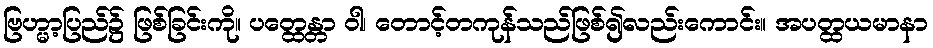
ဗြဟ္မာ့ပြည်၌ ဖြစ်ခြင်းကို။ ပတ္ထေန္တာ ဝါ၊ တောင့်တကုန်သည်ဖြစ်၍လည်းကောင်း။ အပတ္ထယမာနာ